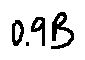
0 . 9 B